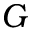
G